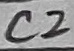
Text: c2